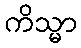
ကိသ္မာ